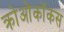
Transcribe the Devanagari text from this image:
क्रोओकॉकस